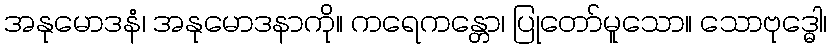
အနုမောဒနံ၊ အနုမောဒနာကို။ ကရေဂာန္တော၊ ပြုတော်မူသော။ သောဗုဒ္ဓေါ၊